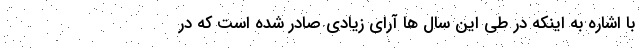
با اشاره به اینکه در طی این سال ها آرای زیادی صادر شده است که در